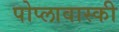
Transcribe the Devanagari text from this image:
पोप्लावास्की